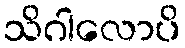
သိဂါလောပိ